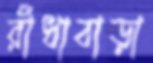
রাঁধাবাড়া